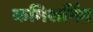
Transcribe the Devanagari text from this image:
कमिशनिंग